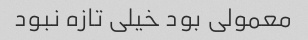
معمولی بود خیلی تازه نبود